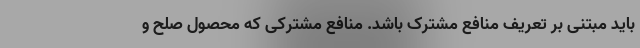
باید مبتنی بر تعریف منافع مشترک باشد. منافع مشترکی که محصول صلح و